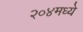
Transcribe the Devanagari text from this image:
२०४मध्ये